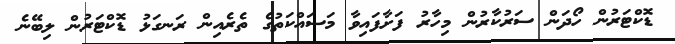
ޑޮކްޓަރުން ހޯދަން ސަރުކާރުން މިހާރު ފަށާފައިވާ މަސައްކަތުގެ ތެރެއިން ރަނގަޅު ޑޮކްޓަރުން ލިބޭނެ